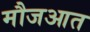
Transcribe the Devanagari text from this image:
मौजआत